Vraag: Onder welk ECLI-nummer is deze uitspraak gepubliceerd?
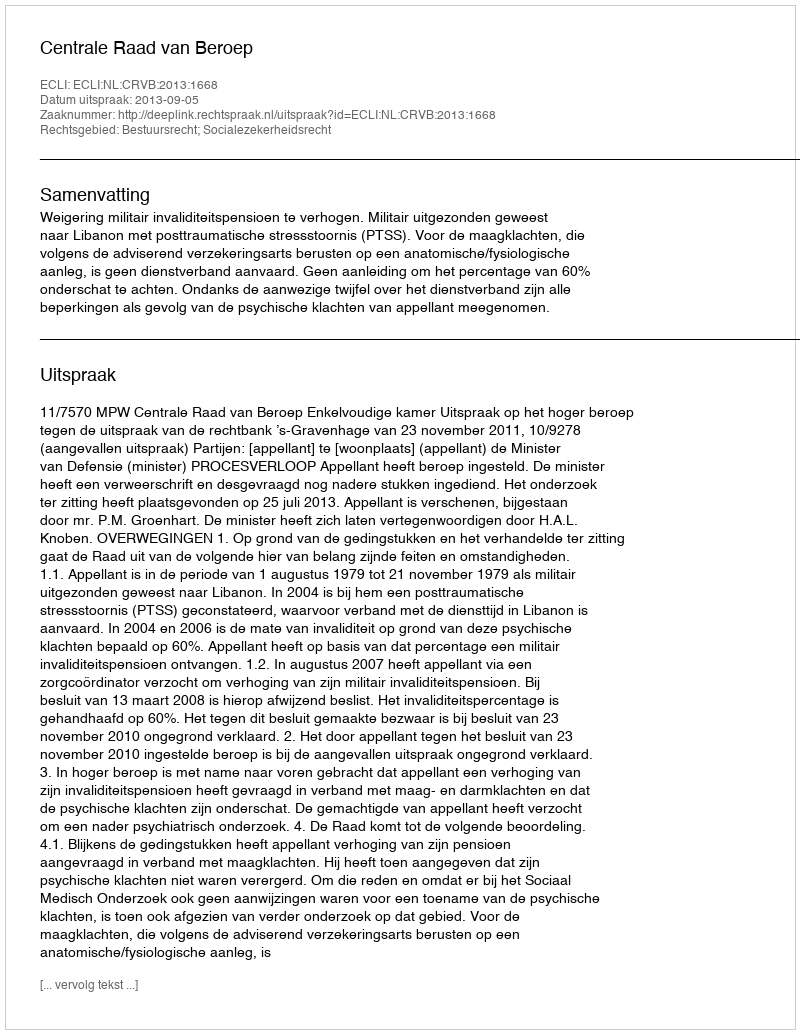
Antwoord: ECLI:NL:CRVB:2013:1668